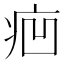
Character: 㾎